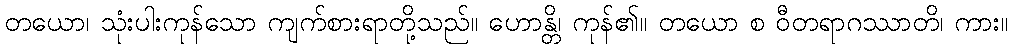
တယော၊ သုံးပါးကုန်သော ကျက်စားရာတို့သည်။ ဟောန္တိ၊ ကုန်၏။ တယော စ ဝီတရာဂဿာတိ၊ ကား။